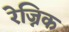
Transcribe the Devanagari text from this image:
रेज्निक